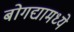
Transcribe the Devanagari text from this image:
बोगद्यामध्ये